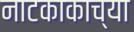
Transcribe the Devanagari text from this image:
नाटकाकाच्या